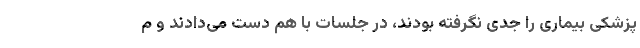
پزشکی بیماری را جدی نگرفته بودند، در جلسات با هم دست می‌دادند و م